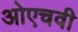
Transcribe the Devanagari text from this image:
ओएचवी